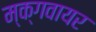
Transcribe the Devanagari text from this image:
म्क्गवायर